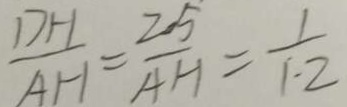
\frac { D H } { A H } = \frac { 2 5 } { A H } = \frac { 1 } { 1 . 2 }